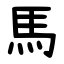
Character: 馬